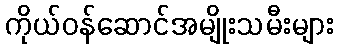
ကိုယ်ဝန်ဆောင်အမျိုးသမီးများ